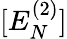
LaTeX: [E_{N}^{(2)}]